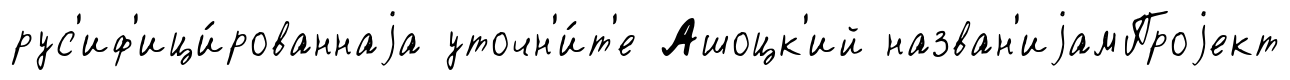
рус'иф'ици́рованнаjа уточн'и́т'е Ашоцк'ий назван'иjамПроjект